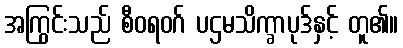
အကြွင်းသည် စီဝရဝဂ် ပဌမသိက္ခာပုဒ်နှင့် တူ၏။